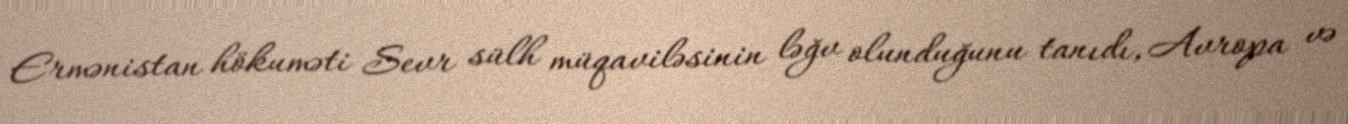
Ermənistan hökuməti Sevr sülh müqaviləsinin ləğv olunduğunu tanıdı, Avropa və